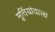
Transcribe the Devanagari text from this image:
मूर्तियोंवाला